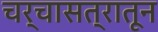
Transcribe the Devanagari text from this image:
चर्चासत्रातून